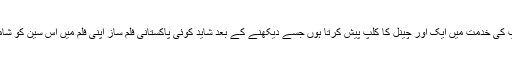
اب میں آپ کی خدمت میں ایک اور چینل کا کلپ پیش کرتا ہوں جسے دیکھنے کے بعد شاید کوئی پاکستانی فلم ساز اپنی فلم میں اس سین کو شامل کر لیں۔